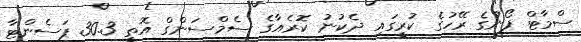
ސްމާޓް ފޯނުގެ ރޭހުގެ ކުރީގައި ދެކުނު ކޮރެއާގެ ސެމްސަންގް އޮތީ 30.3 ޕަސެންޓާ